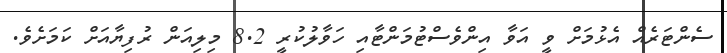
ސެންޓަރެއް އެޅުމަށް ވީ އަވާ އިންވެސްޓުމަންޓާއި ހަވާލުކުރީ 8.2 މިލިއަން ރުފިޔާއަށް ކަމަށެވެ.